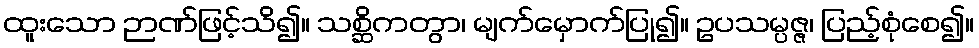
ထူးသော ဉာဏ်ဖြင့်သိ၍။ သစ္ဆိကတွာ၊ မျက်မှောက်ပြု၍။ ဥပသမ္ပဇ္ဇ၊ ပြည့်စုံစေ၍။